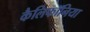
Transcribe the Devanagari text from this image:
कैलिफॉनिया